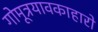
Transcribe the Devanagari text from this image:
गोमूत्रयावकाहारो